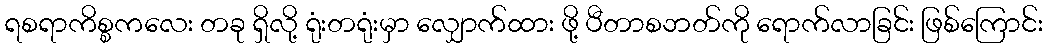
ရစရာကိစ္စကလေး တခု ရှိလို့ ရုံးတရုံးမှာ လျှောက်ထား ဖို့ ပီတာစဘတ်ကို ရောက်လာခြင်း ဖြစ်ကြောင်း